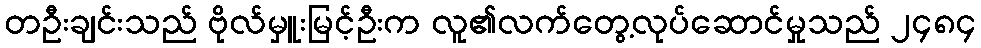
တဦးချင်းသည် ဗိုလ်မှူးမြင့်ဦးက လူ၏လက်တွေ့လုပ်ဆောင်မှုသည် ၂၄၈၄